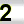
Digit: 2